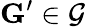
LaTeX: \mathbf{G}^{\prime}\in\mathcal{G}